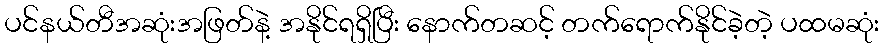
ပင်နယ်တီအဆုံးအဖြတ်နဲ့ အနိုင်ရရှိပြီး နောက်တဆင့် တက်ရောက်နိုင်ခဲ့တဲ့ ပထမဆုံး